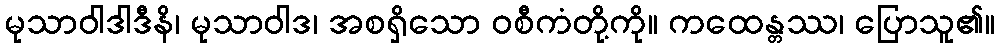
မုသာဝါဒါဒီနိ၊ မုသာဝါဒ၊ အစရှိသော ဝစီကံတို့ကို။ ကထေန္တဿ၊ ပြောသူ၏။